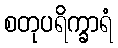
စတုပရိက္ခာရံ